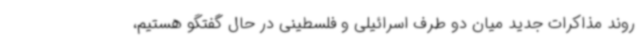
روند مذاکرات جدید میان دو طرف اسرائیلی و فلسطینی در حال گفتگو هستیم،